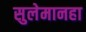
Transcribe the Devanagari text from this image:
सुलेमानहा